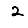
Digit: 2